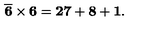
\mathbf { \overline { { 6 } } \times 6 = 2 7 + 8 + 1 . }